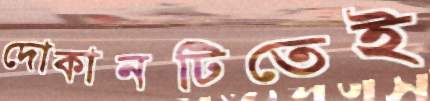
দোকানটিতেই